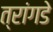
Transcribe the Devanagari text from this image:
त्रांगडे